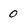
Character: 0